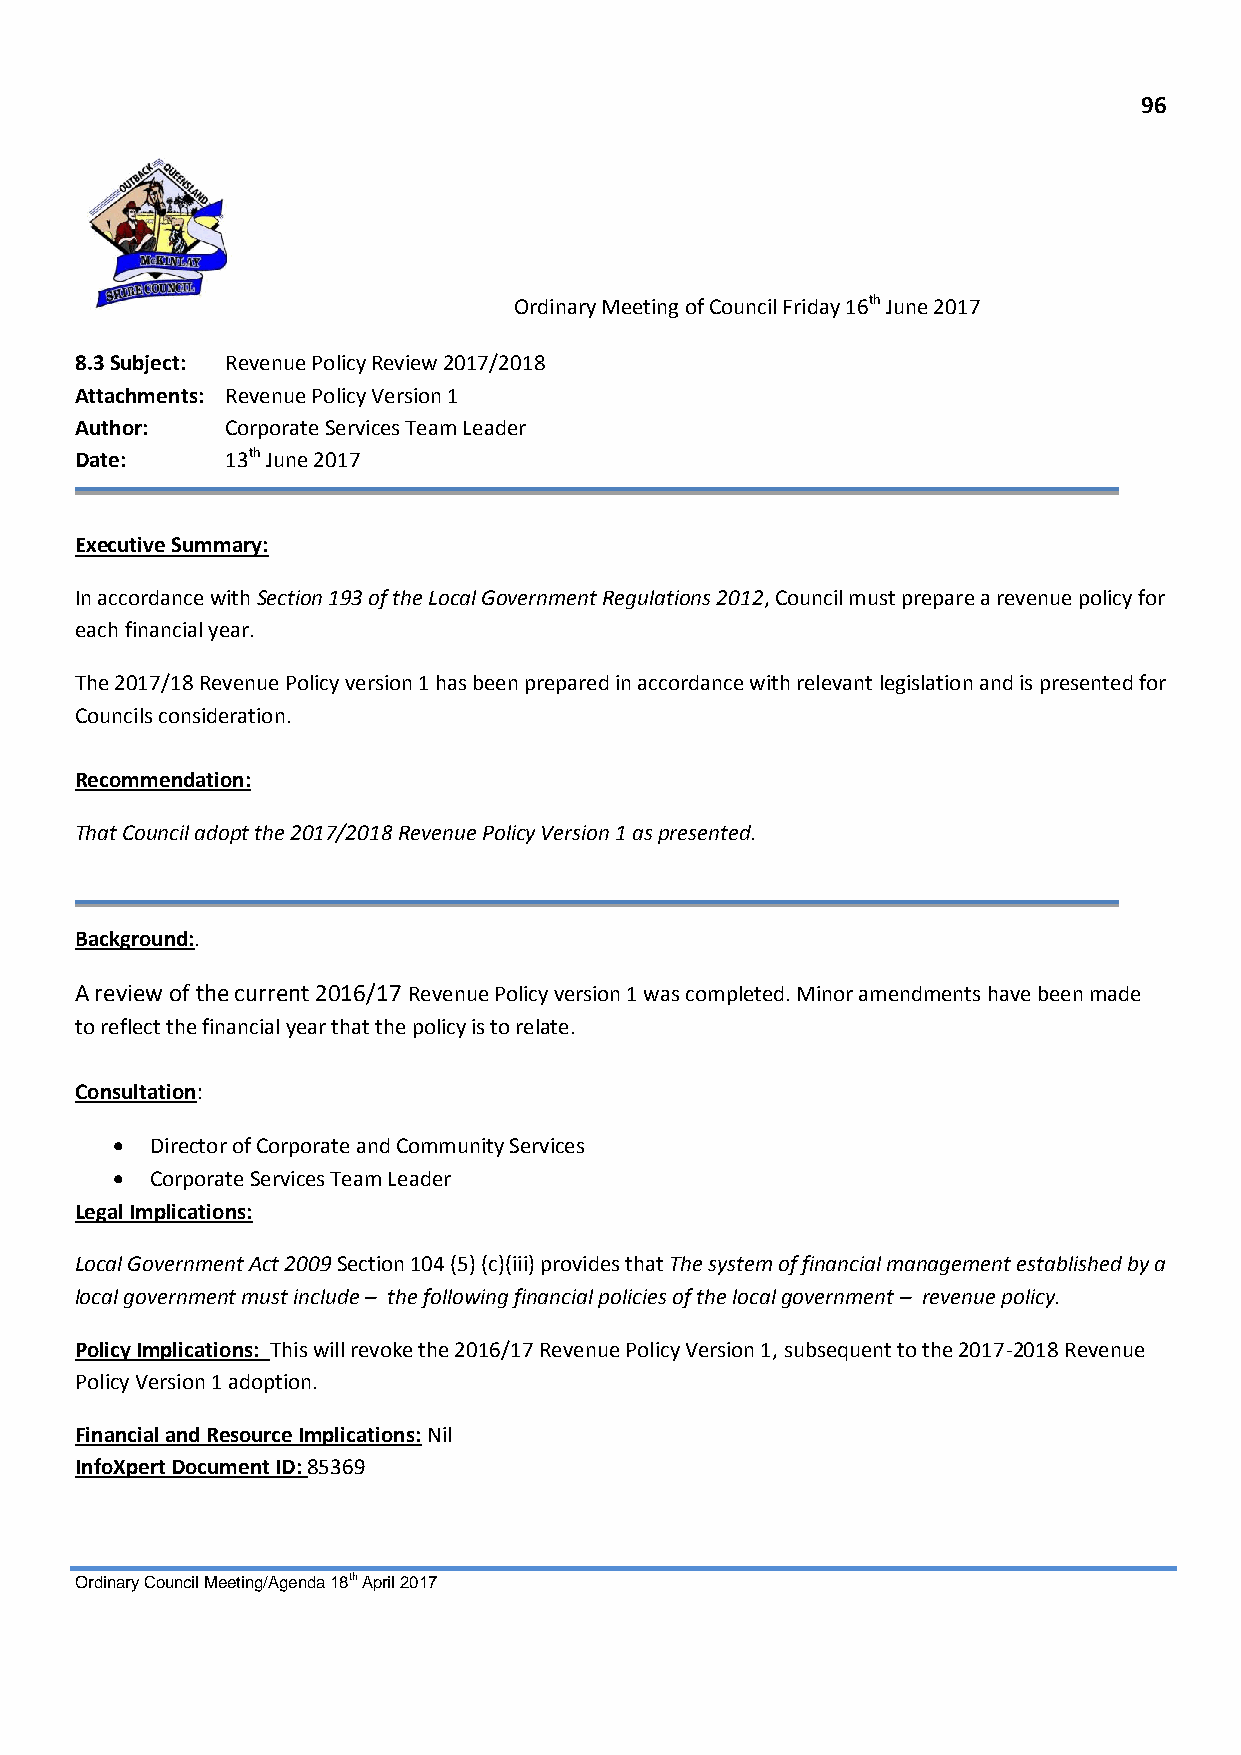
96
 Ordinary Meeting of Council Friday 16th June 2017
 8.3 Subject: Revenue Policy Review 2017/2018
 Attachments: Revenue Policy Version 1
 Author:   Corporate Services Team Leader
 Date:     13th June 2017
 Executive Summary:
 In accordance with Section 193 of the Local Government Regulations 2012, Council must prepare a revenue policy for
 each financial year.
 The 2017/18 Revenue Policy version 1 has been prepared in accordance with relevant legislation and is presented for
 Councils consideration.
 Recommendation:
 That Council adopt the 2017/2018 Revenue Policy Version 1 as presented.
 Background:.
 A review of the current 2016/17 Revenue Policy version 1 was completed. Minor amendments have been made
 to reflect the financial year that the policy is to relate.
 Consultation:
   Director of Corporate and Community Services
   Corporate Services Team Leader
 Legal Implications:
 Local Government Act 2009 Section 104 (5) (c)(iii) provides that The system of financial management established by a
 local government must include – the following financial policies of the local government – revenue policy.
 Policy Implications: This will revoke the 2016/17 Revenue Policy Version 1, subsequent to the 2017-2018 Revenue
 Policy Version 1 adoption.
 Financial and Resource Implications: Nil
 InfoXpert Document ID: 85369
 Ordinary Council Meeting/Agenda 18th April 2017